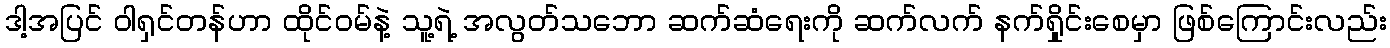
ဒါ့အပြင် ဝါရှင်တန်ဟာ ထိုင်ဝမ်နဲ့ သူ့ရဲ့ အလွတ်သဘော ဆက်ဆံရေးကို ဆက်လက် နက်ရှိုင်းစေမှာ ဖြစ်ကြောင်းလည်း